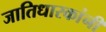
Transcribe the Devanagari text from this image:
जातिधारकांनी